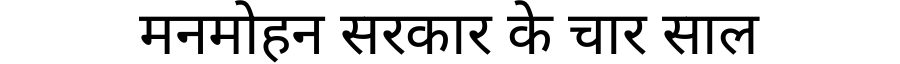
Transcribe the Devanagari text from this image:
मनमोहन सरकार के चार साल